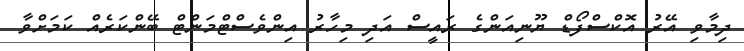
ދިމާވި އޭރު އޮކްސްފޯޑް ޔޫނިއަންގެ ރައީސް އަދި މިހާރު އިންވެސްޓްމަންޓް ބޭންކަރެއް ކަމަށްވާ